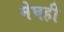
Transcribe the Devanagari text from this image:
मेघही